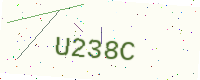
Text: U238C